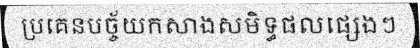
ប្រគេនបច្ច័យកសាងសមិទ្ធផលផ្សេងៗ